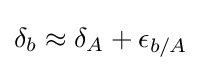
\delta _{b}\approx \delta _{A}+\epsilon _{b/A}